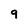
Character: 9